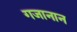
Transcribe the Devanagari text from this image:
गजानान